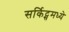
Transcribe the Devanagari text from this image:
सर्किट्समध्ये